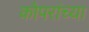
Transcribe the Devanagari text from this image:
कोपरांच्या